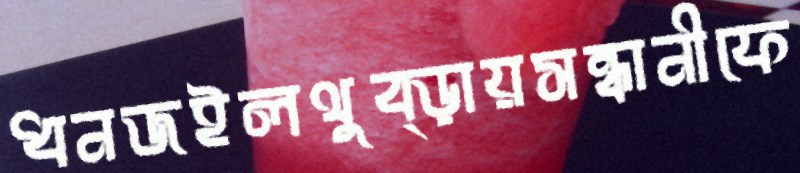
ধনজইলথুব্‌ড়ায়সন্ধানীফে